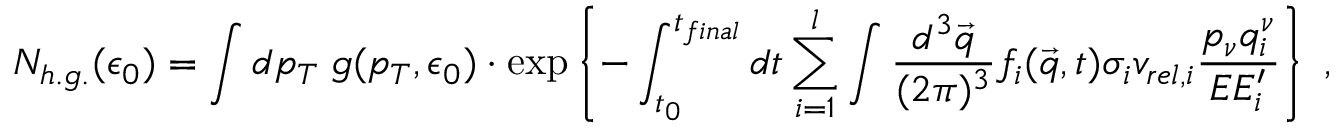
{ \cal N } _ { h . g . } ( \epsilon _ { 0 } ) = \int d p _ { T } \; g ( p _ { T } , \epsilon _ { 0 } ) \cdot \exp \left\{ - \int _ { t _ { 0 } } ^ { t _ { f i n a l } } d t \sum _ { i = 1 } ^ { l } \int { \frac { d ^ { 3 } \vec { q } } { ( 2 \pi ) ^ { 3 } } } f _ { i } ( \vec { q } , t ) \sigma _ { i } v _ { r e l , i } { \frac { p _ { \nu } q _ { i } ^ { \nu } } { E E _ { i } ^ { \prime } } } \right\} \ ,